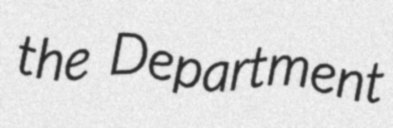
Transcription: the Department